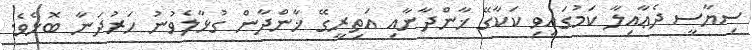
ސިޔާސީ ދެޢާއިލާ ކަމުގައިވި ކަކާގޭ ޚާންދާނާއި އަތިރީގޭ ޚާންދާން ގުޅާލެވުނު ހަރުދަނާ ބޮޅެވެ.